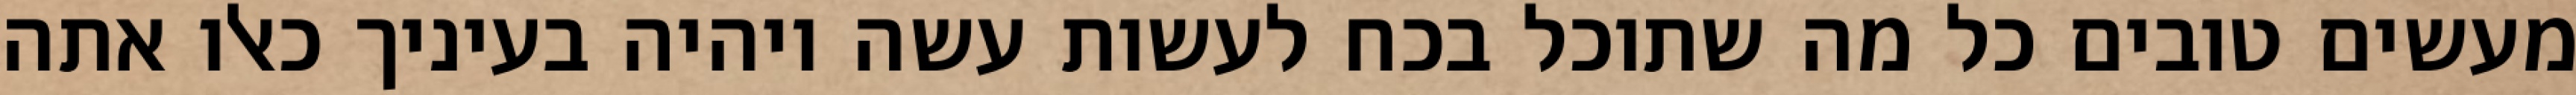
מעשים טובים כל מה שתוכל בכח לעשות עשה ויהיה בעיניך כאלו אתה